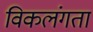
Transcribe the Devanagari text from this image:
विकलंगता